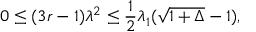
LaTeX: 0 \le ( 3 r - 1 ) \lambda ^ { 2 } \le { \frac { 1 } { 2 } } \lambda _ { 1 } ( \sqrt { 1 + \Delta } - 1 ) ,